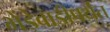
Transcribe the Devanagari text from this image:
भेंडेवाडीपर्यंत